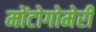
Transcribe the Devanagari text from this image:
मोंटोगोमेरी